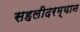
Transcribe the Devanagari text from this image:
सहलीदरम्यान